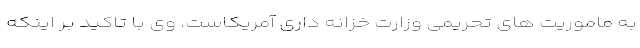
به ماموریت های تحریمی وزارت خزانه داری آمریکاست. وی با تاکید بر اینکه